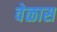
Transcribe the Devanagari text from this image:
वेळास